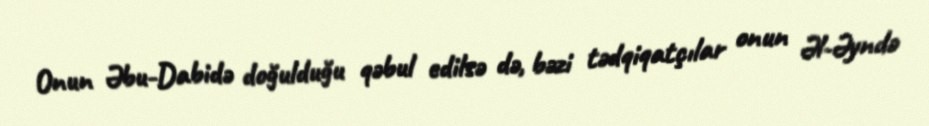
Onun Əbu-Dabidə doğulduğu qəbul edilsə də, bəzi tədqiqatçılar onun Əl-Əyndə